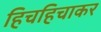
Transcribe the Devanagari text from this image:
हिचहिचाकर